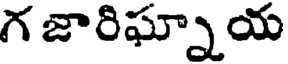
గ జారిఘ్నాయ